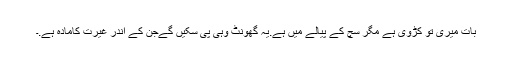
بات میری تو کڑوی ہے مگر سچ کے پیالے میں ہے.یہ گھونٹ وہی پی سکیں گےجن کے اندر غیرت کامادہ ہے.۔